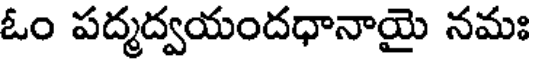
ఓం పద్మద్వయందధానాయై నమః